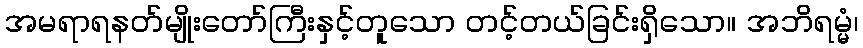
အမရာရနတ်မျိုးတော်ကြီးနှင့်တူသော တင့်တယ်ခြင်းရှိသော။ အဘိရမ္မံ၊